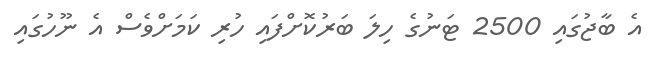
އެ ބާޖުގައި 2500 ޓަނުގެ ހިލަ ބަރުކޮށްފައި ހުރި ކަމަށްވެސް އެ ނޫހުގައި